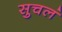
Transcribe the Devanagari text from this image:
सुचलं